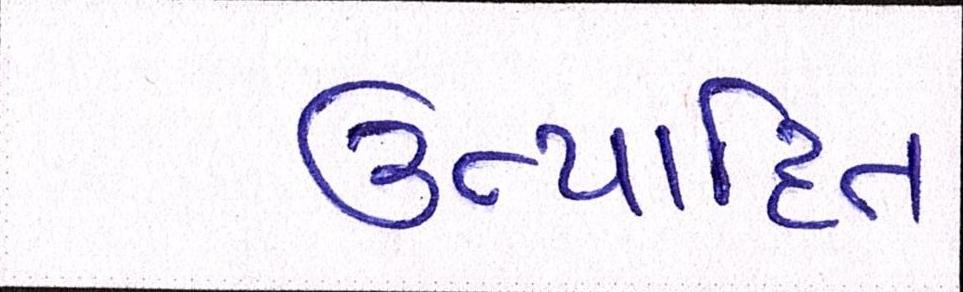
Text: ઉત્પાદિત